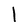
Character: 1